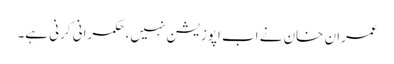
عمران خان نے اب اپوزیشن نہیں، حکمرانی کرنی ہے۔